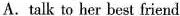
A. talk to her best friend